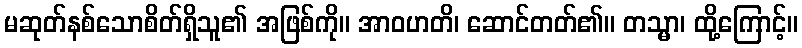
မဆုတ်နစ်သောစိတ်ရှိသူ၏ အဖြစ်ကို။ အာဝဟတိ၊ ဆောင်တတ်၏။ တသ္မာ၊ ထို့ကြောင့်။